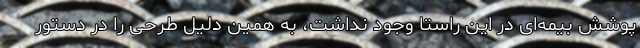
پوشش بیمه‌ای در این راستا وجود نداشت، به همین دلیل طرحی را در دستور